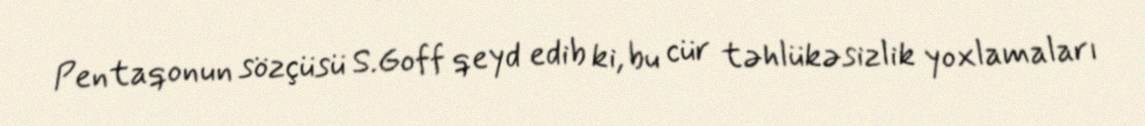
Pentaqonun sözçüsü S.Goff qeyd edib ki, bu cür təhlükəsizlik yoxlamaları